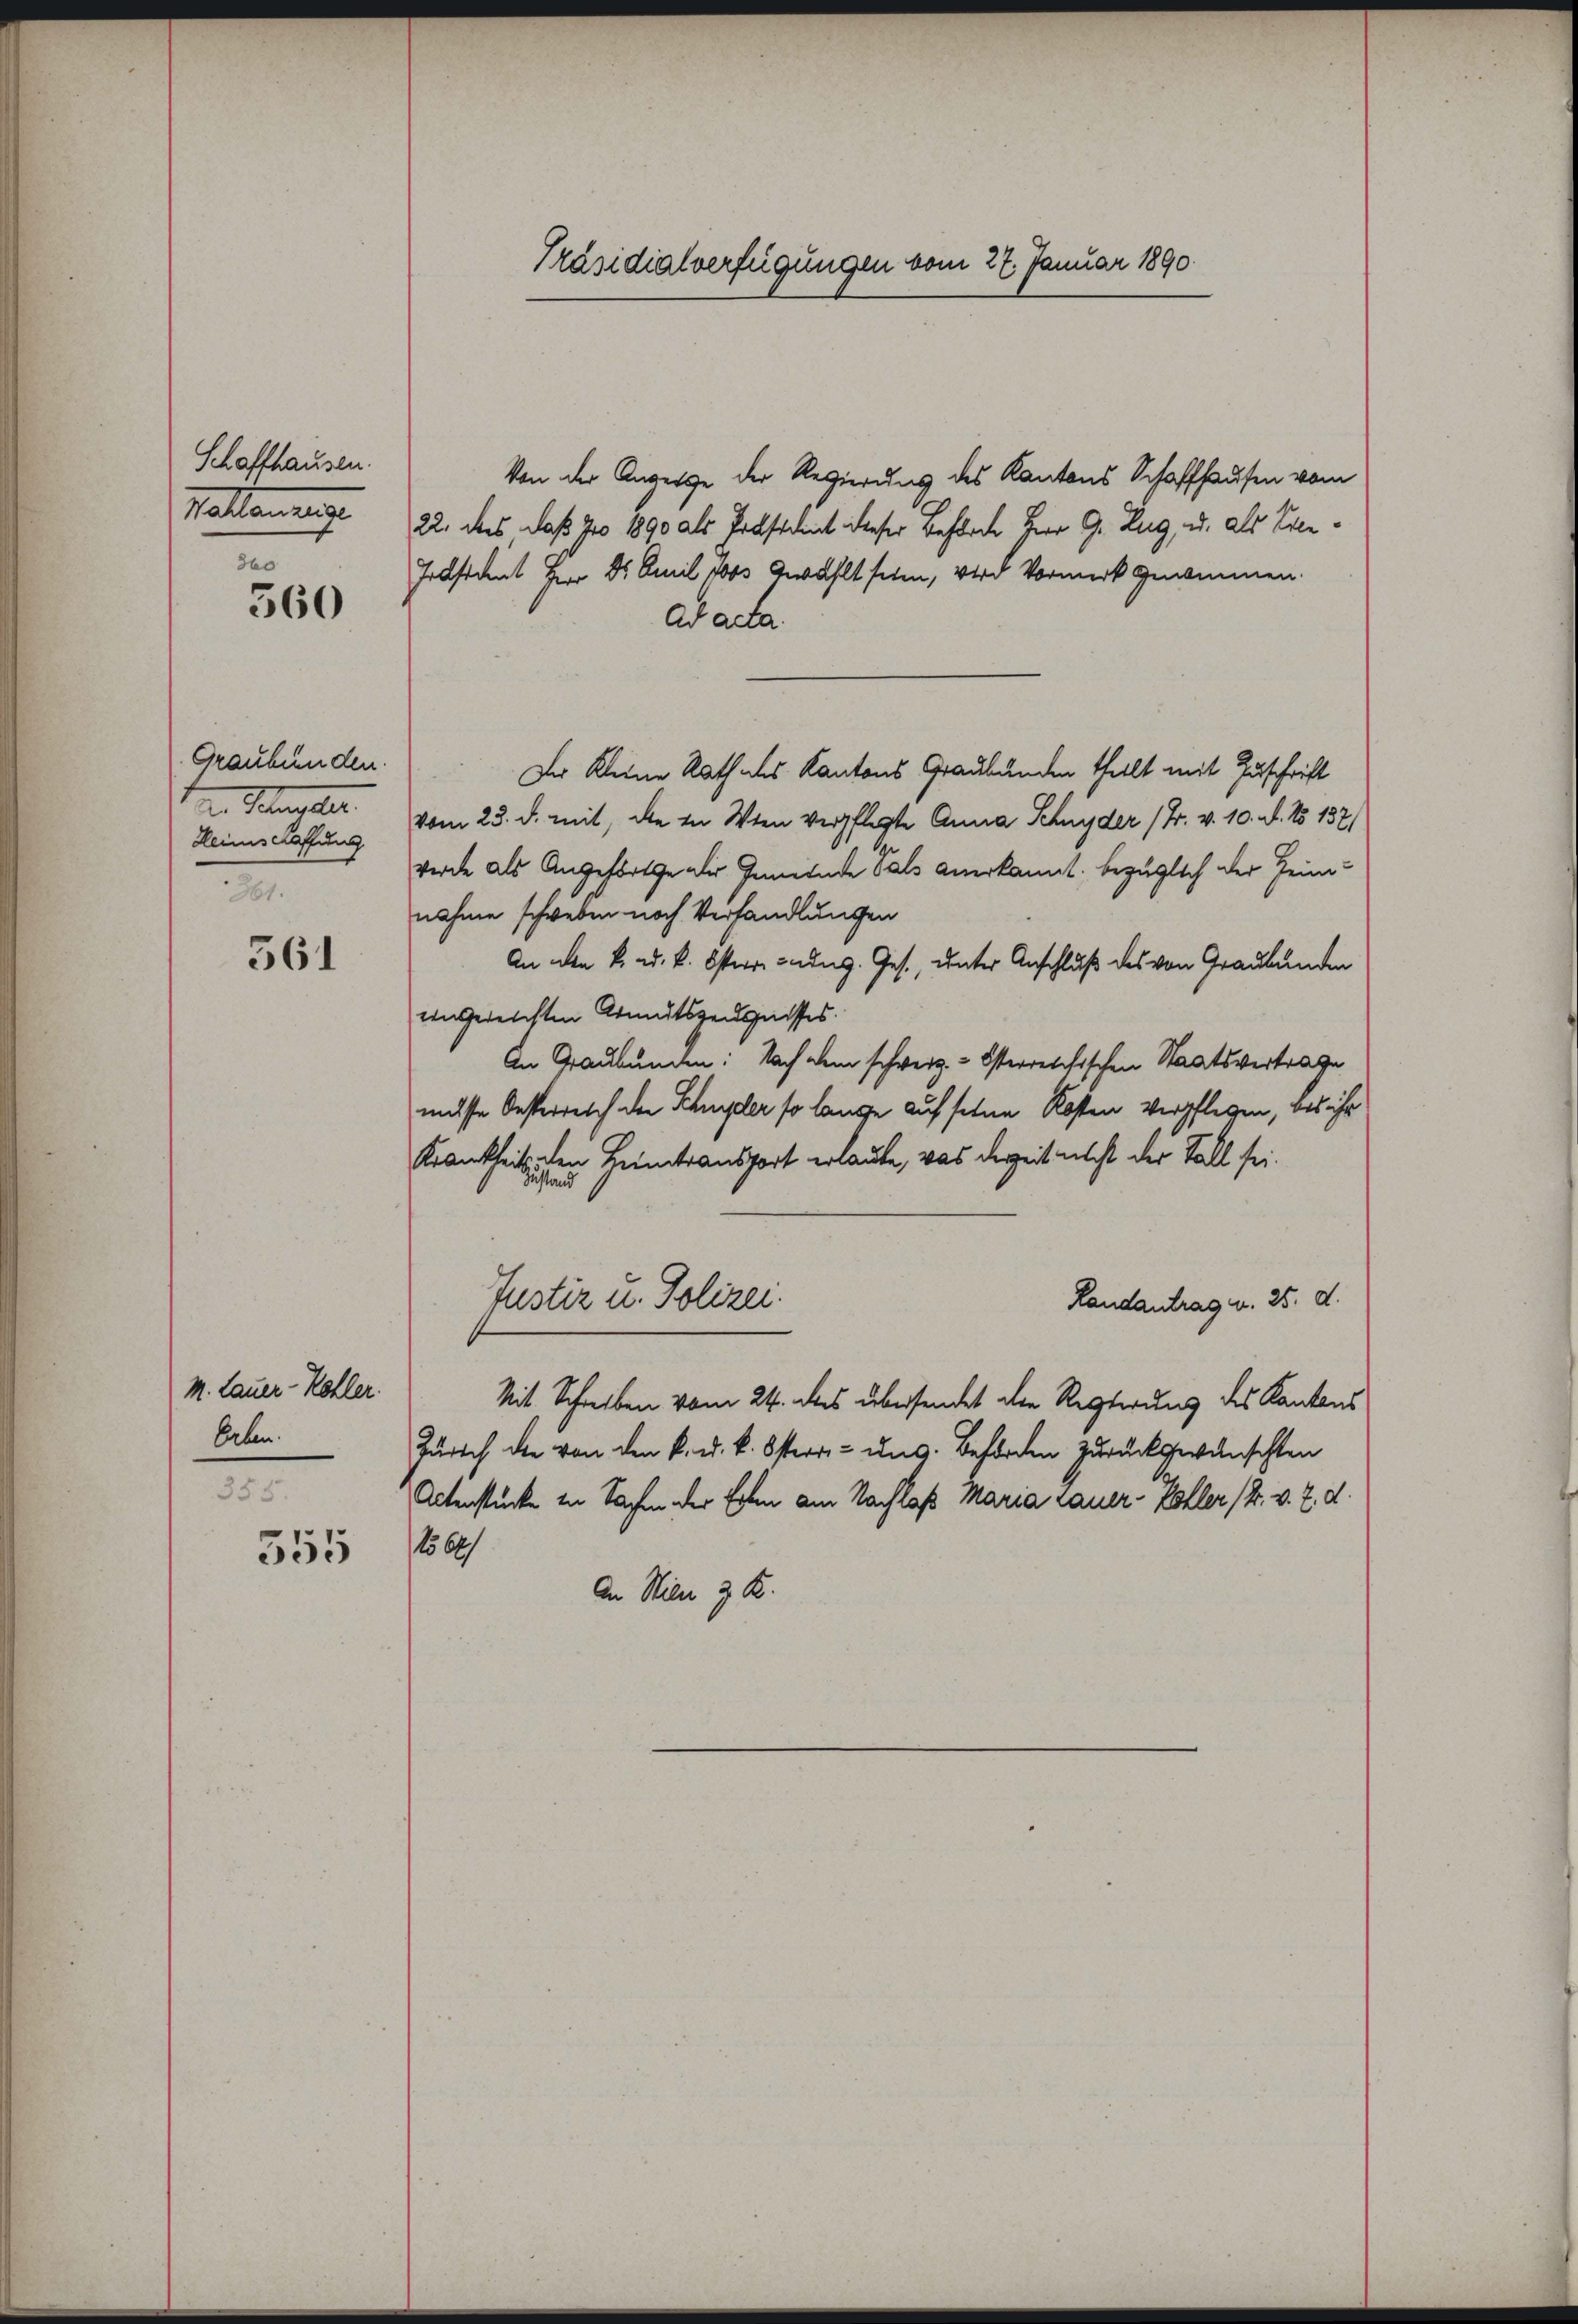
Schaffhausen.
Halamunge
360

360

Graubünden.
Mangele
Heimschaffung
361.

561

M. Lauer- Kohler.
beten.
355.

555

Von der Anzeige der Regierung des Kantons Schaffhausen vom
22. das, daß Jro 1890 als Präsident dieser Beförde Herr G. Zug, u. als Even¬
Präsident Herr Dr. Amil Jos Gewählt seien, wird Vormerk genommen.
Ad acta
Der Kleine Rath des Kantons Graubünden theilt mit Zuschrift
vom 23. d. mit, die in Wien verpflegte Anna Schnyder (Fr. v. 10. N. No 137)
werde als Angefortge der Gemeinde Sals anerkannt. bezüglich der Heimnahme schweben noch Verhandlungen
An den k. u. k. Osterre unung. Ges., unter Anschluß des von Graubünden
eingereichten Armutszeugnisses.
An Graubünden: Nach dem schweiz. - Osterreichischen Staatsvertrage
müsse Oesterreich der Schler so lange auf seine Kosten verpflegen, das ihr
Krankheit den Heimtransport erlaube, was derzeit nicht der Fall sei¬
Justiz u. Polizei.
Landantrag u. 25. d.
Mit Schreiben vom 24. des übersendet der Regierung des Kantons
Zürich die von den k. u. k. Ostern- und Beförden zurückgewünschten
Actenstücke in Sachen der Erben am Nachlaß Maria Lauer-Zoller (4. v. 7. d.
156)
An Wien 3 R.

Präsidialverfügungen vom 27. Januar 1890.